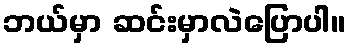
ဘယ်မှာ ဆင်းမှာလဲပြောပါ။